Civil Veterinary Dept. Assam report 1927-50 - 1927-1950
Year: 1927
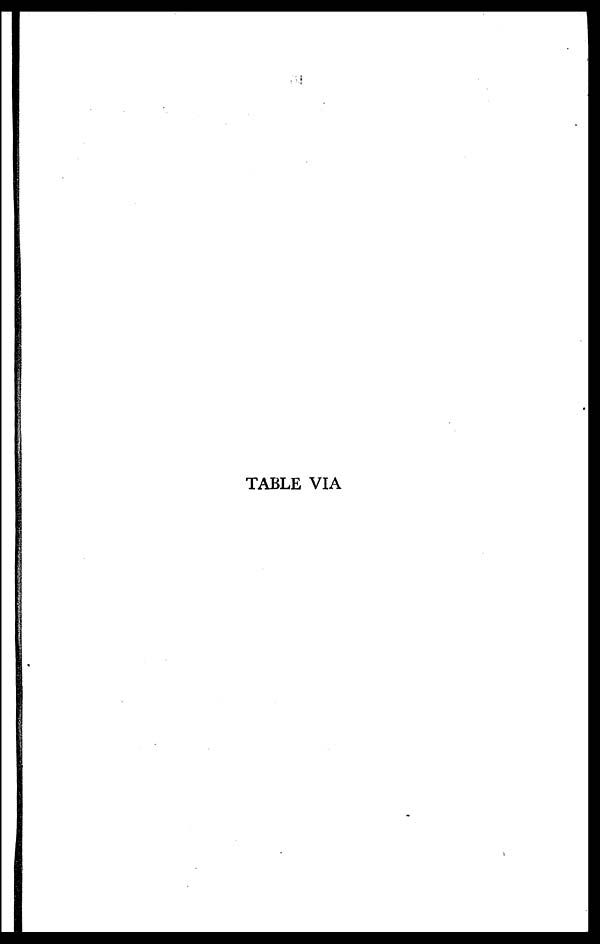
TABLE VIA